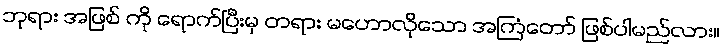
ဘုရား အဖြစ် ကို ရောက်ပြီးမှ တရား မဟောလိုသော အကြံတော် ဖြစ်ပါမည်လား။